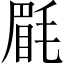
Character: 𣮮